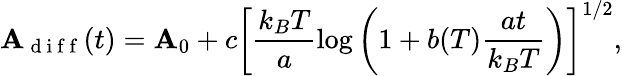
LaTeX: \mathbf{A}_{\mathrm{{~d~i~f~f~}}}(t)=\mathbf{A}_{0}+c\left[\frac{{k_{B}T}}{{a}}\log\left(1+b(T)\frac{{at}}{{k_{B}T}}\right)\right]^{1/2},